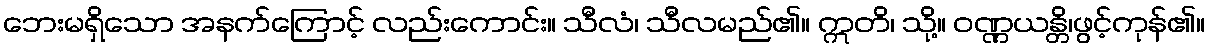
ဘေးမရှိသော အနက်ကြောင့် လည်းကောင်း။ သီလံ၊ သီလမည်၏။ ဣတိ၊ သို့။ ဝဏ္ဏယန္တိ၊ဖွင့်ကုန်၏။